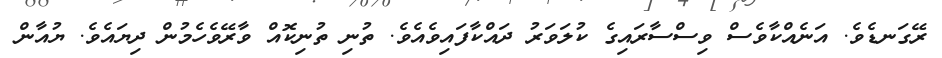
ރޭގަނޑެވެ. އަނެއްކާވެސް ވިސްސާރައިގެ ކުލަވަރު ދައްކާފައިވެއެވެ. ތުނި ތުނިކޮއް ވާރޭވެހެމުން ދިޔައެވެ. ޔުއާން